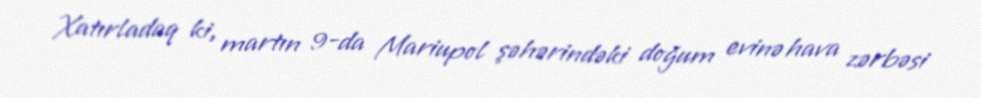
Xatırladaq ki, martın 9-da Mariupol şəhərindəki doğum evinə hava zərbəsi